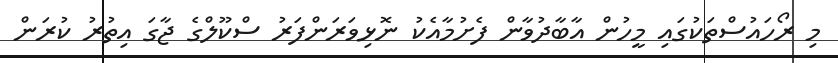
މި ރޯހައުސްތަކުގައި މީހުން އާބާދުވާން ފެށުމާއެކު ނޮޅިވަރަންފަރު ސްކޫލްގެ ޖާގަ އިތުރު ކުރަން